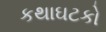
કથાઘટકો